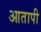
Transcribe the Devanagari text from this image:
आतापी